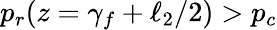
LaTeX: p_{r}(z=\gamma_{f}+\ell_{2}/2)>p_{c}